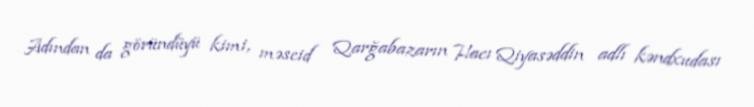
Adından da göründüyü kimi, məscid Qarğabazarın Hacı Qiyasəddin adlı kəndxudası